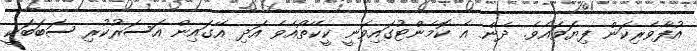
އުފާވެރިކަން ފިޔަވައެވެ. ދެން އެ ކޮމެންޓުގައިވަނީ ކީކޭތޯއެވެ އަދި އޭގައިން އަސަރުކުރި ސަބަބަކީ